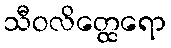
သီဝလိတ္ထေရော